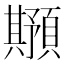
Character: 𲊸